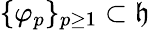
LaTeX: \{ \varphi_{p}\} _{p\ge 1}\subset\mathfrak{h}